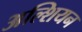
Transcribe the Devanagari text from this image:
अल्शियन